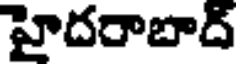
హైదరాబాద్